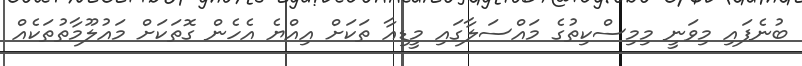
ބުނެފައި މިވަނީ މިމިސްކިތުގެ މައްސަލާގައި މީޑިއާ ތަކަށް އިއްޔެ އެހެން ގޮތަކަށް މައުލޫމާތުތަކެއް